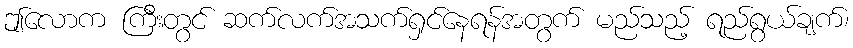
ဤလောက ကြီးတွင် ဆက်လက်အသက်ရှင်နေရန်အတွက် မည်သည့် ရည်ရွယ်ချက်၊